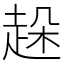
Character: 趓